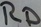
Text: RD